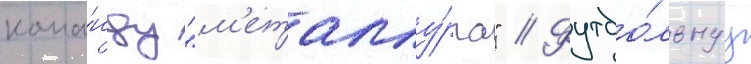
кома́нду "м'еталлу́рга" // Футбо́льнуу